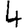
Digit: 4